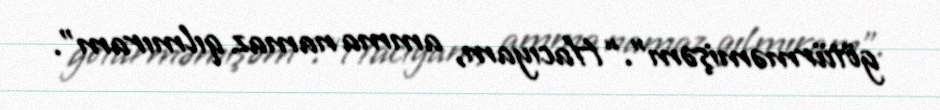
götürməmişəm”.“Hacıyam, amma namaz qılmıram”.